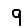
Digit: 9